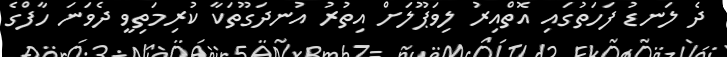
ދެ ލަނޑު ފަހަތުގައި އޮތްއިރު ލިވަޕޫލަށް އިތުރު އުނދަގޫތަކާ ކުރިމަތިވީ ދެވަނަ ހާފްގެ